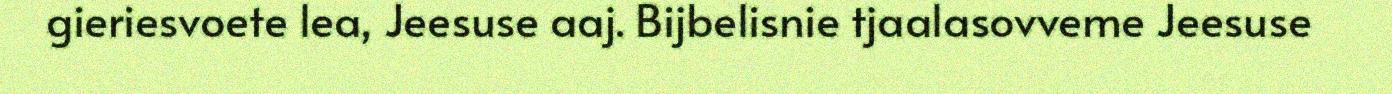
gieriesvoete lea, Jeesuse aaj. Bijbelisnie tjaalasovveme Jeesuse